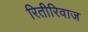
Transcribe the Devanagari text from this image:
रितीरिवाज